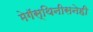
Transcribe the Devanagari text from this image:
मेगॅस्थिनीसनेही